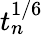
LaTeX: t_{n}^{1/6}